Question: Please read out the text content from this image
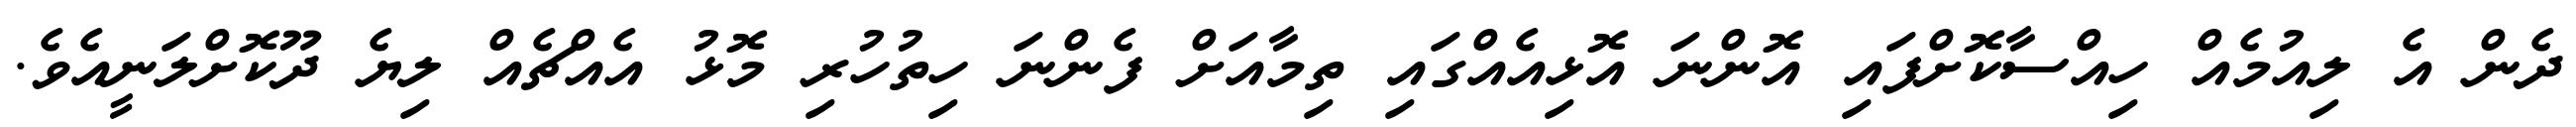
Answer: ދެން އެ ލިއުމެއް ހިއްސާކޮށްފައި އޮންނަ އޮޅިއެއްގައި ތިމާއަށް ފެންނަ ހިތުހުރި މޮޅު އެއްޗެއް ލިޔެ ދޫކޮށްލަނީއެވެ.